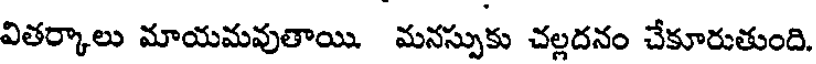
వితర్కాలు మాయమవుతాయి. మనస్సుకు చల్లదనం చేకూరుతుంది.